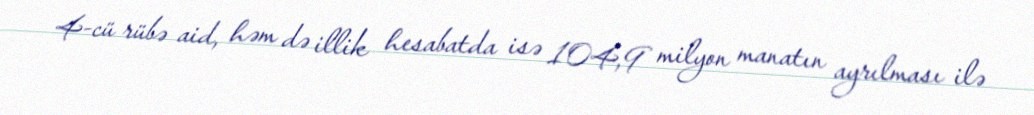
4-cü rübə aid, həm də illik hesabatda isə 104,9 milyon manatın ayrılması ilə